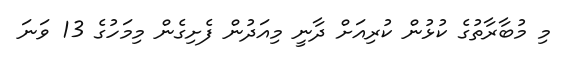
މި މުބާރާތުގެ ކުޅުން ކުރިއަށް ދާނީ މިއަދުން ފެށިގެން މިމަހުގެ 13 ވަނަ